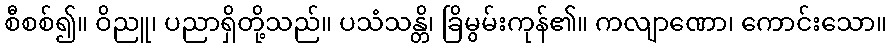
စီစစ်၍။ ဝိညူ၊ ပညာရှိတို့သည်။ ပသံသန္တိ၊ ခြိမွမ်းကုန်၏။ ကလျာဏော၊ ကောင်းသော။